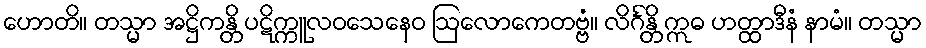
ဟောတိ။ တသ္မာ အဋ္ဌိကန္တိ ပဋိက္ကူလဝသေနေဝ ဩလောကေတဗ္ဗံ။ လိင်္ဂန္တိ ဣဓ ဟတ္ထာဒီနံ နာမံ။ တသ္မာ